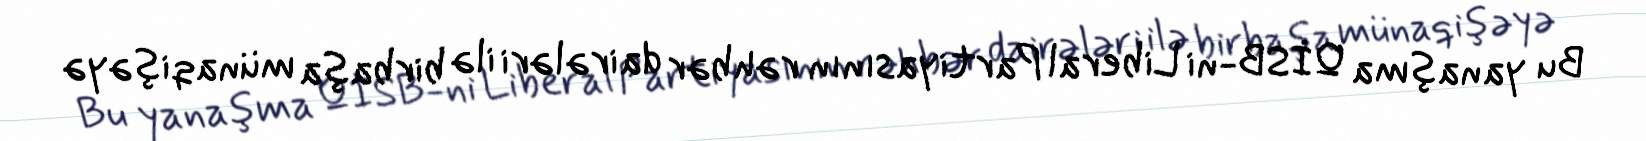
Bu yanaşma QİSB-ni Liberal Partiyasının rəhbər dairələri ilə birbaşa münaqişəyə